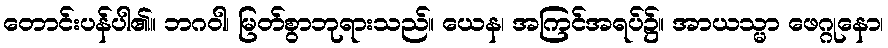
တောင်းပန်ပါ၏။ ဘဂဝါ၊ မြတ်စွာဘုရားသည်။ ယေန၊ အကြင်အရပ်၌။ အာယသ္မာ ဖေဂ္ဂုနော၊